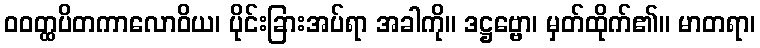
ဝဝတ္ထပိတကာလောဝိယ၊ ပိုင်းခြားအပ်ရာ အခါကို။ ဒဋ္ဌဗ္ဗော၊ မှတ်ထိုက်၏။ မာတရာ၊